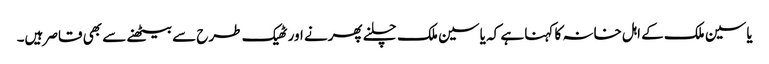
یاسین ملک کے اہل خانہ کا کہنا ہے کہ یاسین ملک چلنے پھرنے اور ٹھیک طرح سے بیٹھنے سے بھی قاصر ہیں۔